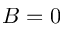
B = 0